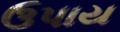
ઉપાય